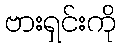
ဗားရှင်းကို